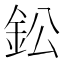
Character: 鈆